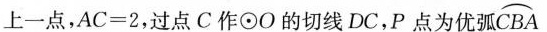
上一点，$$A C = 2$$，过点C作\odot O的切线DC，P点为优弧\stackrel\frown{CBA}